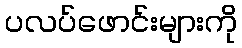
ပလပ်ဖောင်းများကို